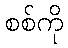
စစ်ကို